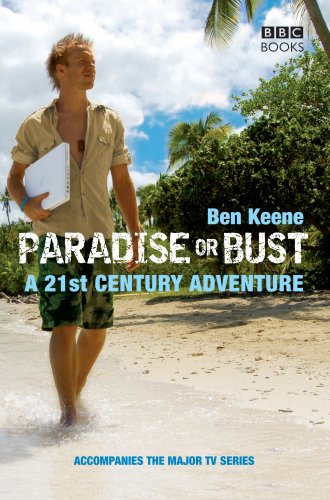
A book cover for Paradise or Bust; Ben Keene; Travel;